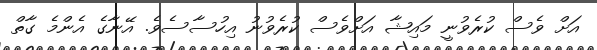
އަށް ވެސް ކުރެވުނީ މައިޝާ އަށްވެސް ކުރެވުނު އިހުސާސެވެ. އޭނާގެ އެންމެ ގާތް